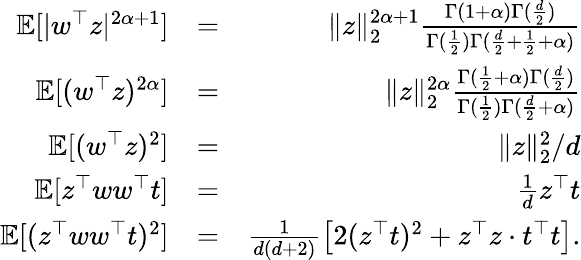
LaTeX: \begin{array}{rlr}{{\mathbb E}[|w^{\top}z|^{2\alpha+1}]}&{=}&{\| z\| _{2}^{2\alpha+1}\frac{\Gamma(1+\alpha)\Gamma(\frac{d}{2})}{\Gamma(\frac{1}{2})\Gamma(\frac{d}{2}+\frac{1}{2}+\alpha)}}\\ {{\mathbb E}[(w^{\top}z)^{2\alpha}]}&{=}&{\| z\| _{2}^{2\alpha}\frac{\Gamma(\frac{1}{2}+\alpha)\Gamma(\frac{d}{2})}{\Gamma(\frac{1}{2})\Gamma(\frac{d}{2}+\alpha)}}\\ {{\mathbb E}[(w^{\top}z)^{2}]}&{=}&{\| z\| _{2}^{2}/d}\\ {{\mathbb E}[z^{\top}ww^{\top}t]}&{=}&{\frac{1}{d}z^{\top}t}\\ {{\mathbb E}[(z^{\top}ww^{\top}t)^{2}]}&{=}&{\frac{1}{d(d+2)}\big[2(z^{\top}t)^{2}+z^{\top}z\cdot t^{\top}t\big].}\end{array}